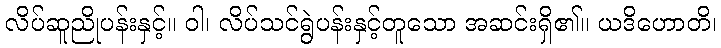
လိပ်ဆူညိုပန်းနှင့်။ ဝါ၊ လိပ်သင်ရွဲပန်းနှင့်တူသော အဆင်းရှိ၏။ ယဒိဟောတိ၊